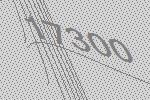
17300